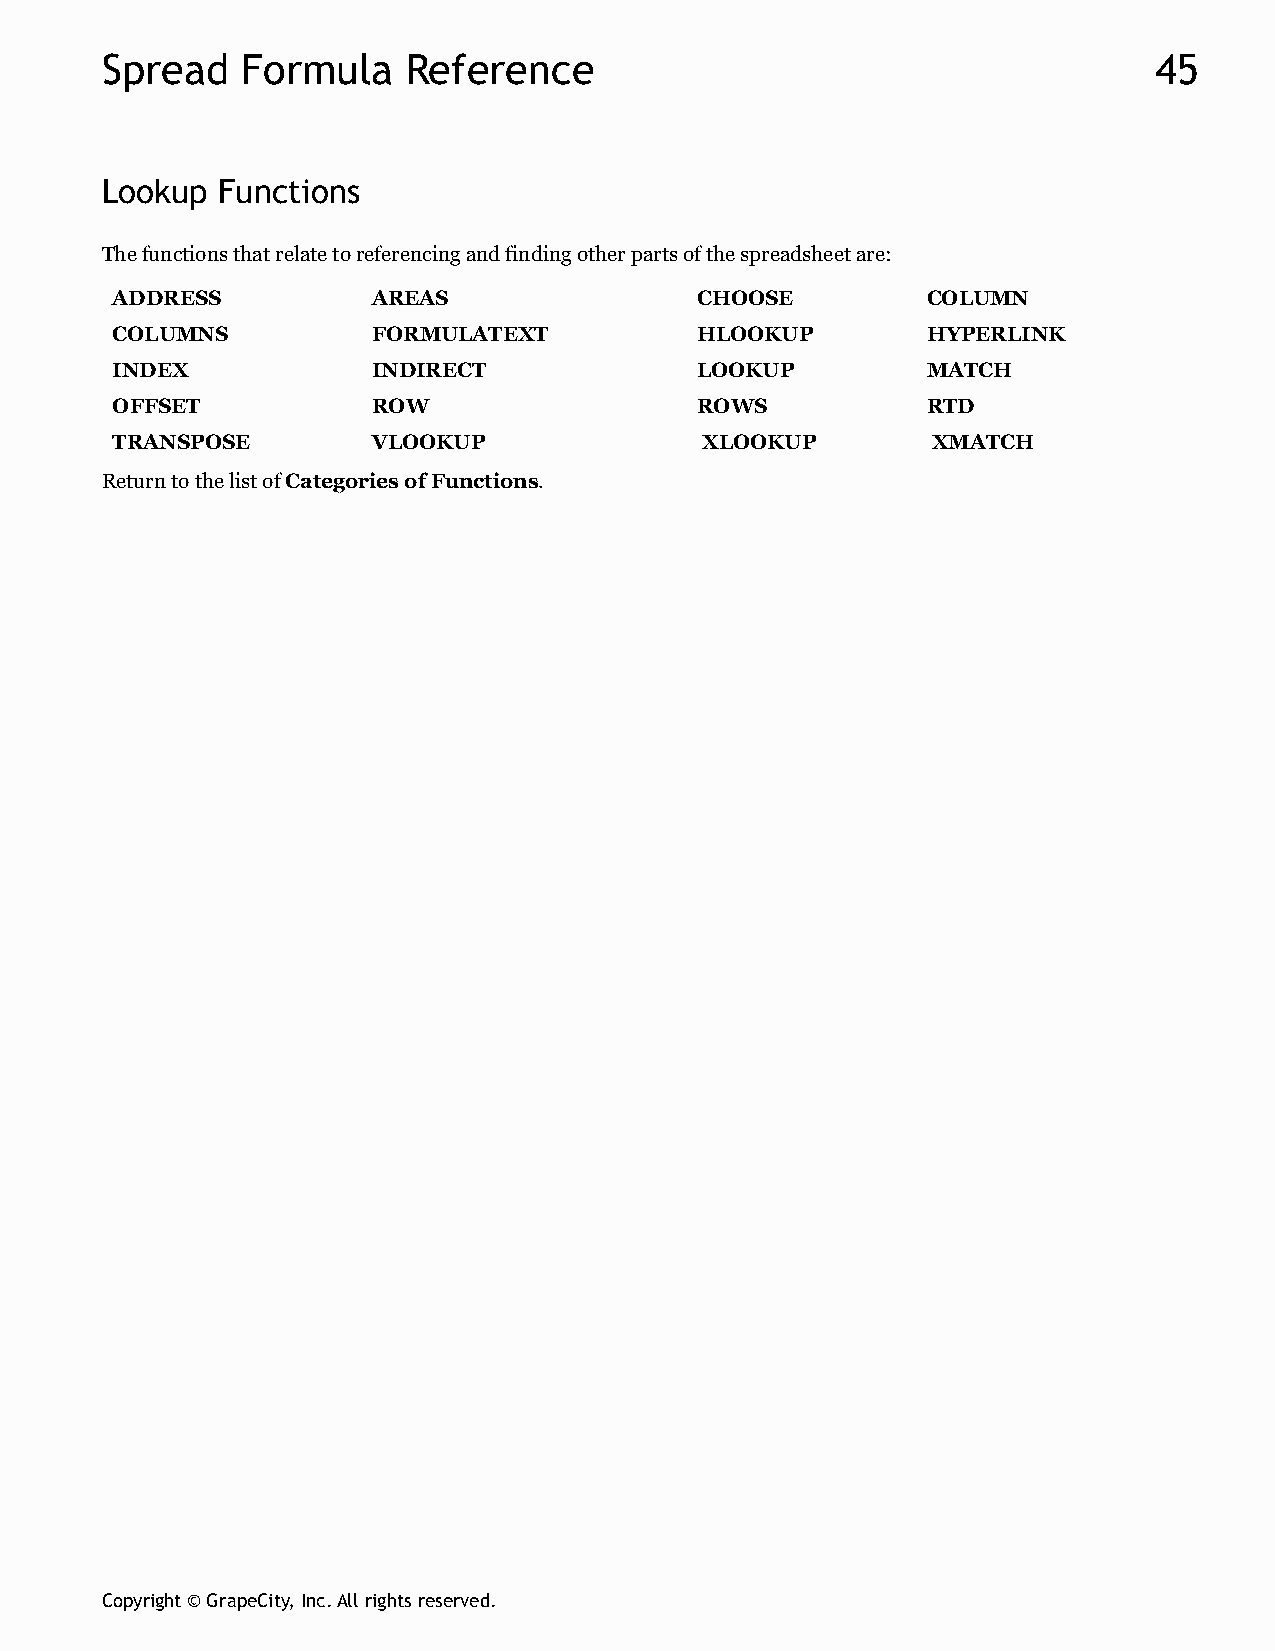
Spread   Formula    Reference                                        45
 Lookup Functions
 The functions that relate to referencing and finding other parts of the spreadsheet are:
 ADDRESS           AREAS                CHOOSE         COLUMN
 COLUMNS           FORMULATEXT          HLOOKUP        HYPERLINK
 INDEX             INDIRECT             LOOKUP         MATCH
 OFFSET            ROW                  ROWS           RTD
 TRANSPOSE         VLOOKUP              XLOOKUP         XMATCH
 Return to the list of Categories of Functions.
 Copyright © GrapeCity, Inc. All rights reserved.